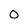
Character: 0